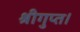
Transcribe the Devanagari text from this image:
श्रीगुप्त।